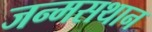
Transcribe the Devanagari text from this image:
जन्मसथान